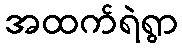
အထက်ရဲရွာ